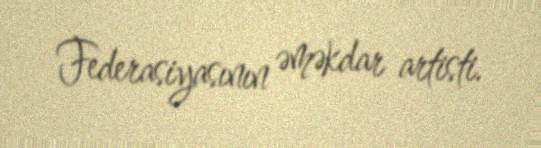
Federasiyasının əməkdar artisti.